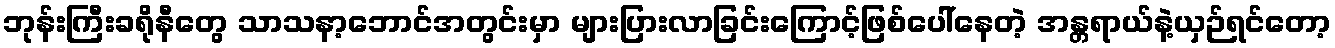
ဘုန်းကြီးခရိုနီတွေ သာသနာ့ဘောင်အတွင်းမှာ များပြားလာခြင်းကြောင့်ဖြစ်ပေါ်နေတဲ့ အန္တရာယ်နဲ့ယှဉ်ရင်တော့